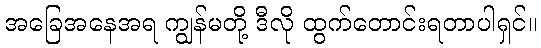
အခြေအနေအရ ကျွန်မတို့ ဒီလို ထွက်တောင်းရတာပါရှင်။